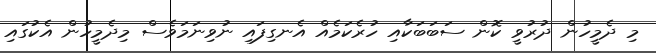
މި ދެމީހުން ދުރުވީ ކޮން ސަބަބަކާއި ހުރެކަމެއް އެނގިފައި ނުވިނަމަވެސް މިދެމީހުން އެކުގައި